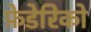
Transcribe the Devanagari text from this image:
फ़े़डेरिको